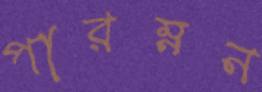
পারম্নন